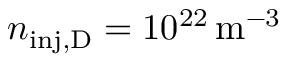
n _ { \mathrm { i n j , D } } = 1 0 ^ { 2 2 } \, \mathrm { m ^ { - 3 } }